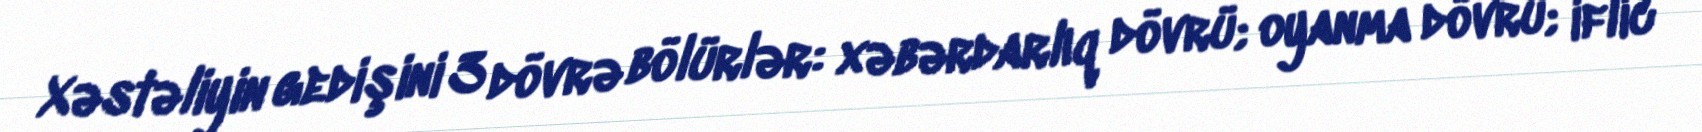
Xəstəliyin gedişini 3 dövrə bölürlər: xəbərdarlıq dövrü; oyanma dövrü; iflic